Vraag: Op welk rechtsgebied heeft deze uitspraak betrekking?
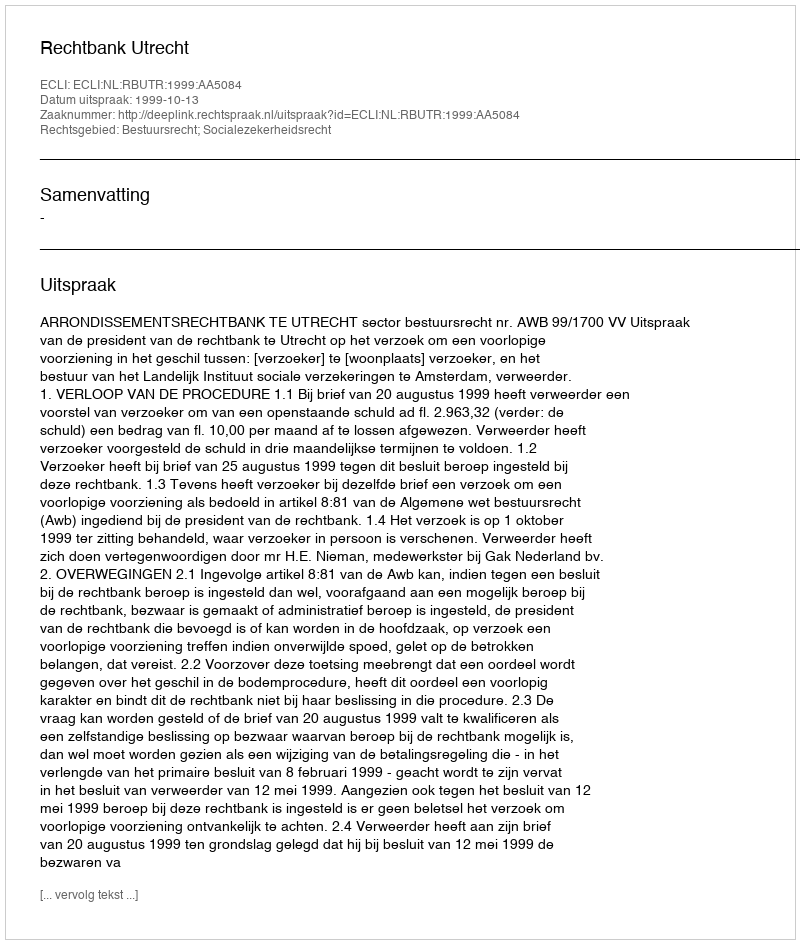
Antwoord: Bestuursrecht; Socialezekerheidsrecht